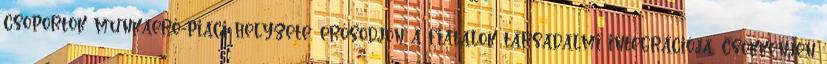
csoportok munkaerő-piaci helyzete, erősödjön a fiatalok társadalmi integrációja, csökkenjen